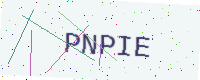
Text: PNPIE